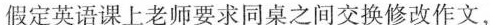
假定英语课上老师要求同桌之间交换修改作文,